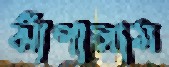
ঝাঁপালাম